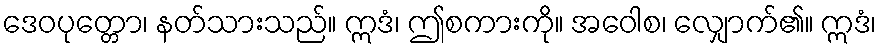
ဒေဝပုတ္တော၊ နတ်သားသည်။ ဣဒံ၊ ဤစကားကို။ အဝေါစ၊ လျှောက်၏။ ဣဒံ၊